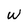
Character: W